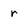
Character: r